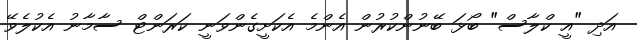
އަދި "އީ ކްލާސް" ބޯޅަ ބޭނުންކުުރުން އެންމެ އެކަށީގެންވަނީ ކަރަންޓް ސާމާނު އެކުލެވޭ